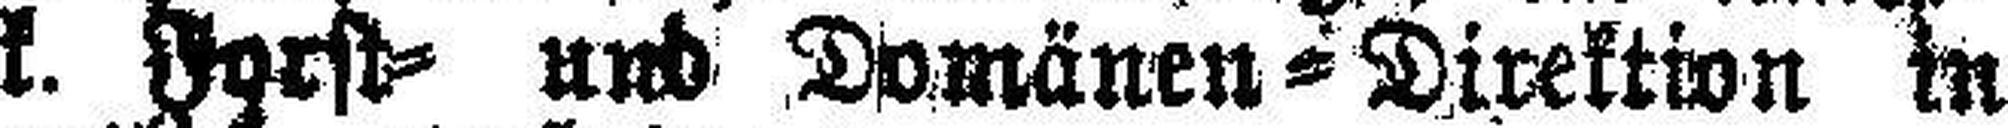
lo###e der k. k. Forst= und Domänen = Direktion in